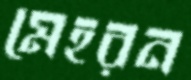
মেহরন